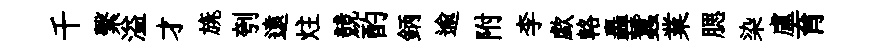
千繫溢才旐刳遠炷競酌鈵逾附李歔輅轟蠶業腮染盧育